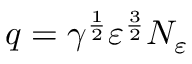
q = \gamma ^ { \frac 1 2 } \varepsilon ^ { \frac 3 2 } N _ { \varepsilon }